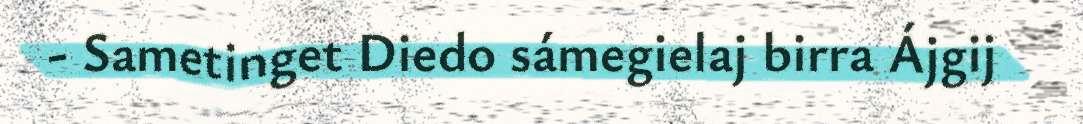
- Sametinget Diedo sámegielaj birra Ájgij